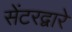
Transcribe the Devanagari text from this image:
सेंटरद्वारे